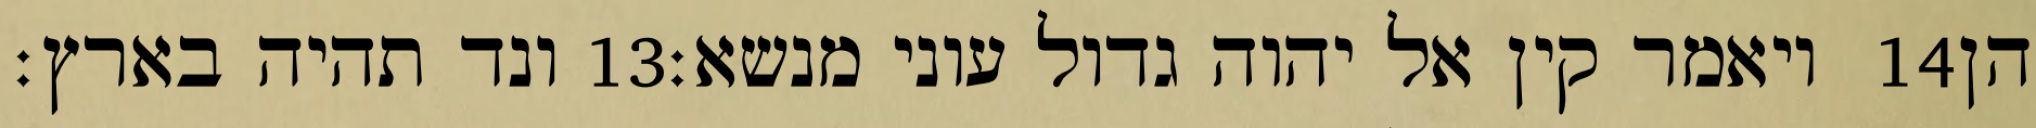
ונד תהיה בארץ׃ ‎13‏ ויאמר קין אל יהוה גדול עוני מנשא׃ ‎14‏ הן